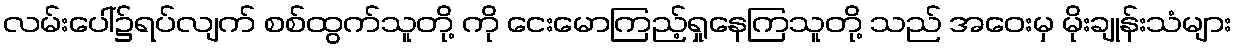
လမ်းပေါ်၌ရပ်လျက် စစ်ထွက်သူတို့ ကို ငေးမောကြည့်ရှုနေကြသူတို့ သည် အဝေးမှ မိုးချုန်းသံများ